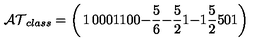
{ \cal A T } _ { c l a s s } = \left( \begin{matrix} { 1 } & { 0 } & { 0 } & { 0 } \\ { 1 } & { 1 } & { 0 } & { 0 } \\ { - { \frac { 5 } { 6 } } } & { - { \frac { 5 } { 2 } } } & { 1 } & { - 1 } \\ { { \frac { 5 } { 2 } } } & { 5 } & { 0 } & { 1 } \\ \end{matrix} \right)